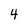
Character: 4